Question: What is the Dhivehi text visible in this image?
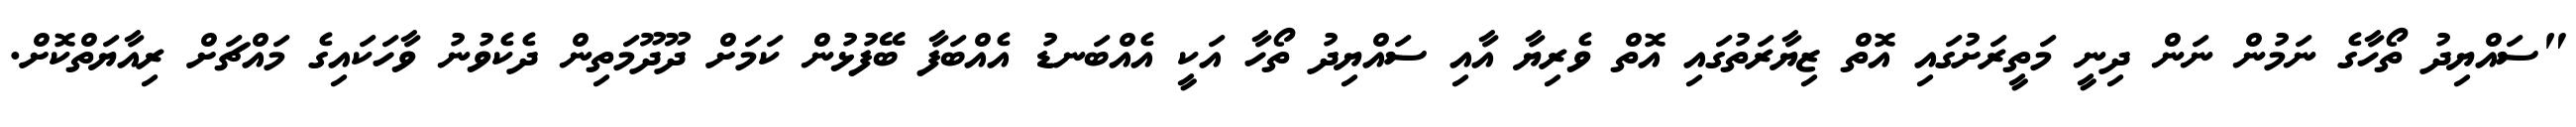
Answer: "ސައްޔިދު ތޯހާގެ ނަމުން ނަން ދިނީ މަތީރަށުގައި އޮތް ޒިޔާރަތުގައި އޮތް ވެރިޔާ އާއި ސައްޔިދު ތޯހާ އަކީ އެއްބަނޑު އެއްބަފާ ބޭފުޅުން ކަމަށް ދޫދޫމަތިން ދެކެވުނު ވާހަކައިގެ މައްޗަށް ރިއާޔަތްކޮށް.